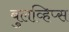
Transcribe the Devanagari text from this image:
बुलव्हिप्स